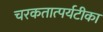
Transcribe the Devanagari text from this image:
चरकतात्पर्यटीका